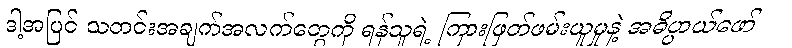
ဒါ့အပြင် သတင်းအချက်အလက်တွေကို ရန်သူရဲ့ ကြားဖြတ်ဖမ်းယူမှုနဲ့ အဓိပ္ပာယ်ဖော်